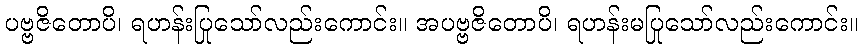
ပဗ္ဗဇိတောပိ၊ ရဟန်းပြုသော်လည်းကောင်း။ အပဗ္ဗဇိတောပိ၊ ရဟန်းမပြုသော်လည်းကောင်း။